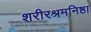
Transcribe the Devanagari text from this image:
शरीरश्रमनिष्ठा